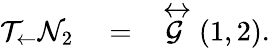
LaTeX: \begin{array}{rlr}{\mathcal{T}_{\leftarrow}\mathcal{N}_{2}}&{{}=}&{\stackrel{\leftrightarrow}{\mathcal{G}}(1,2).}\end{array}